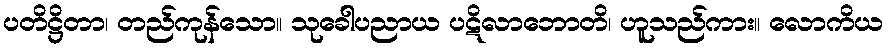
ပတိဋ္ဌိတာ၊ တည်ကုန်သော။ သုခေါပညာယ ပဋိလာဘောတိ၊ ဟူသည်ကား။ လောကိယ